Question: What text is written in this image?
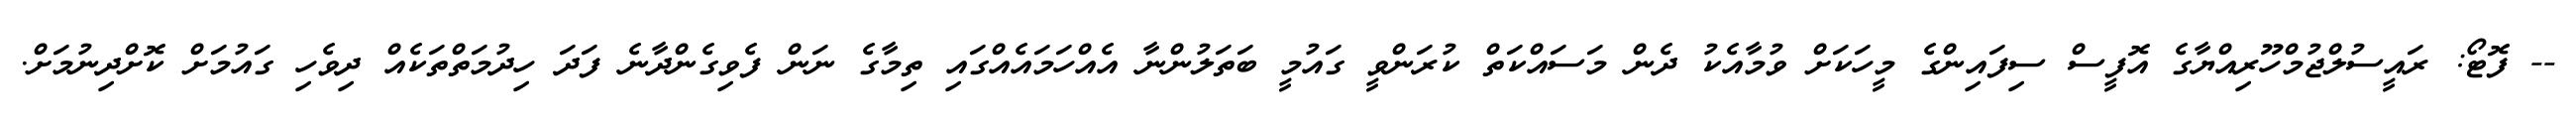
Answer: -- ފޮޓޯ: ރައީސުލްޖުމްހޫރިއްޔާގެ އޮފީސް ސިފައިންގެ މީހަކަށް ވުމާއެކު ދެން މަސައްކަތް ކުރަންވީ ގައުމީ ބަތަލުންނާ އެއްހަމައެއްގައި ތިމާގެ ނަން ފެވިގެންދާނެ ފަދަ ހިދުމަތްތަކެއް ދިވެހި ގައުމަށް ކޮށްދިނުމަށް.